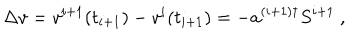
\Delta v = v ^ { i + 1 } ( t _ { i + 1 } ) - v ^ { i } ( t _ { i + 1 } ) = - a ^ { ( i + 1 ) \dagger } S ^ { i + 1 } ~ ,